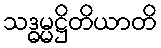
သဒ္ဓမ္မဋ္ဌိတိယာတိ